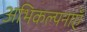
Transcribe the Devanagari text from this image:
अभिकल्पनाएँ